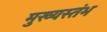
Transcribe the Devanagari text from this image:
मुख्यस्तंभ